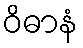
ဝိဓာနံ